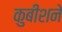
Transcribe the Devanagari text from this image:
कुबीशने